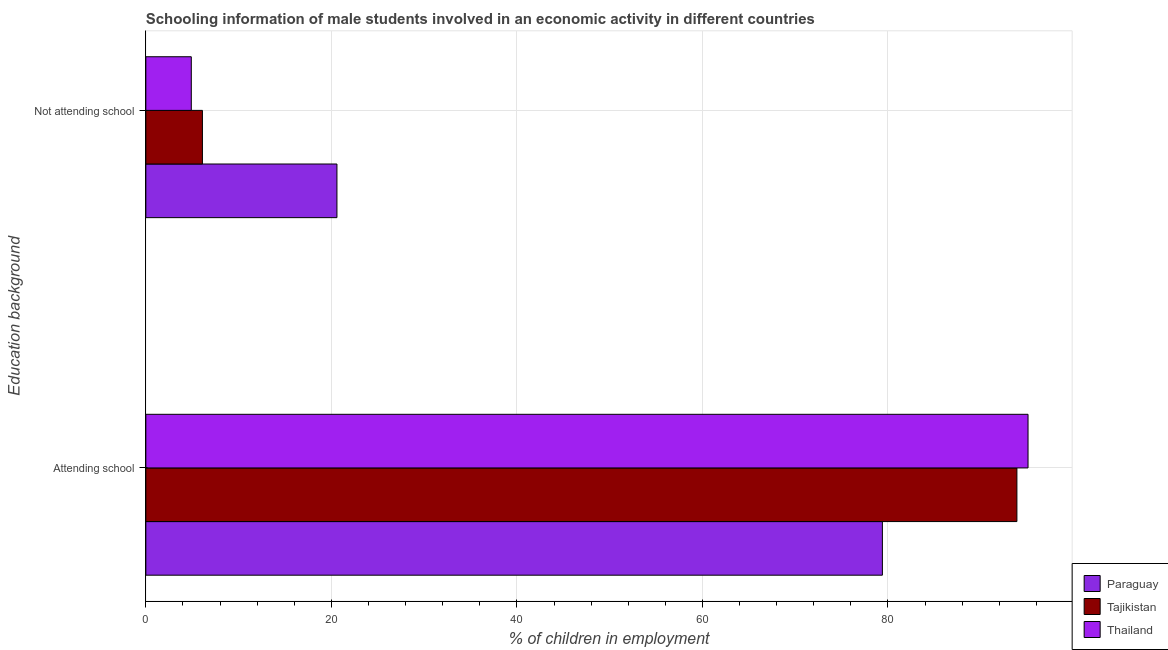
| Education background | Paraguay | Tajikistan | Thailand |
 | --- | --- | --- | --- |
 | Attending school | 79.4 | 93.9 | 95.1 |
 | Not attending school | 20.6 | 6.1 | 4.9 |